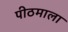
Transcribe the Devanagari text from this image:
पीठमाला